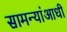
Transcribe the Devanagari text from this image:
सामन्यांआधी